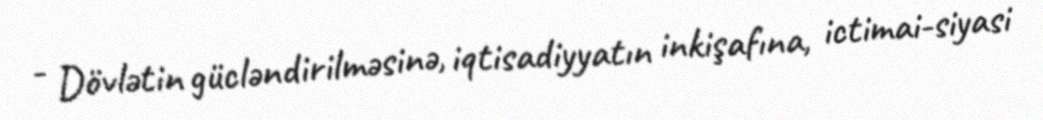
- Dövlətin gücləndirilməsinə, iqtisadiyyatın inkişafına, ictimai-siyasi